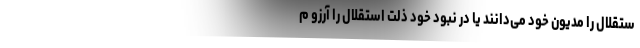
ستقلال را مدیون خود می‌دانند یا در نبود خود ذلت استقلال را آرزو م